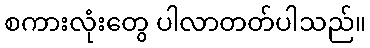
စကားလုံးတွေ ပါလာတတ်ပါသည်။